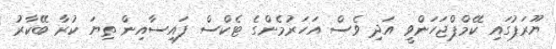
ޔޫރަޕުގައި ކޭމްޕްޖަހަންވީ އަދި ވެސް އަހަރުމެންގެ ޓެކްސް ފައިސާއިން ތިޔަ ކުރާ ބޭކާރު